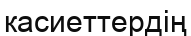
касиеттердің